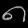
Digit: ၈